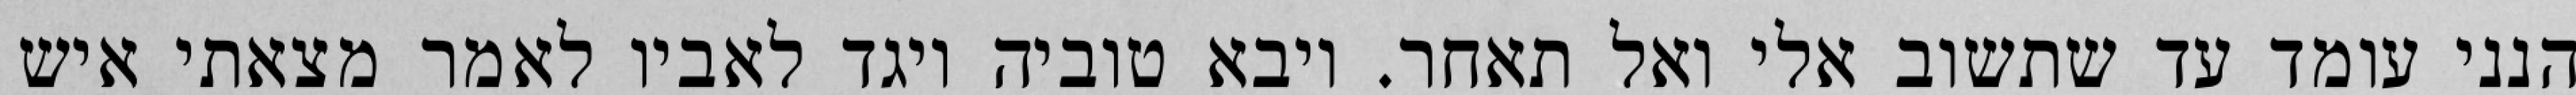
הנני עומד עד שתשוב אלי ואל תאחר. ויבא טוביה ויגד לאביו לאמר מצאתי איש